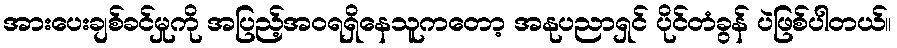
အားပေးချစ်ခင်မှုကို အပြည့်အဝရရှိနေသူကတော့ အနုပညာရှင် ပိုင်တံခွန် ပဲဖြစ်ပါတယ်။